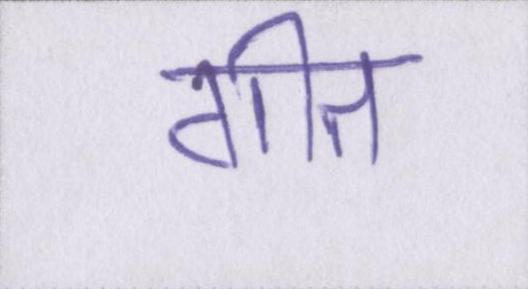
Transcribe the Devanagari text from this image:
गीत